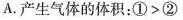
A.产生气体的体积：$$①>②$$